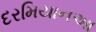
દરમિયાનઆ